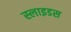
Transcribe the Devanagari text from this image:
स्‍लाइडस